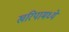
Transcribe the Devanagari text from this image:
खरिपामध्ये